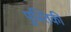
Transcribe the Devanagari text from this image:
पुस्तिकी